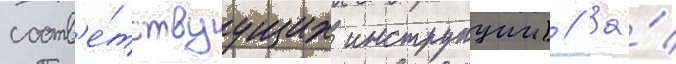
соотв'е́тствуущих инструкции) // За́